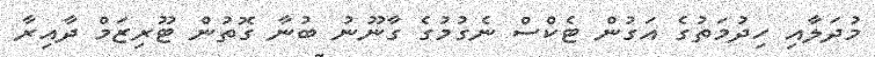
މުދަލާއި ހިދުމަތުގެ އަގުން ޓެކްސް ނެގުމުގެ ގާނޫނު ބުނާ ގޮތުން ޓޫރިޒަމް ދާއިރާ